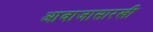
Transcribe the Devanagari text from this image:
आवाजासारखी